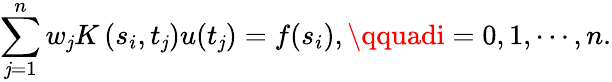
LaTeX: \sum_{\mathit{j}=1}^{n}w_{\mathit{j}}K\left(s_{i},t_{\mathit{j}}\right)u(t_{\mathit{j}})=f(s_{i}),\qquadi=0,1,\cdots,n.